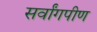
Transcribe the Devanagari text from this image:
सर्वांगपीण